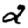
Digit: 2